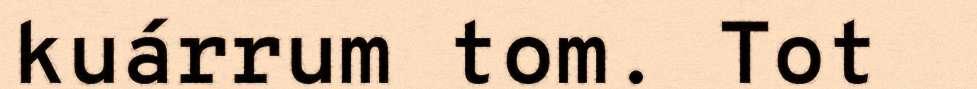
kuárrum tom. Tot